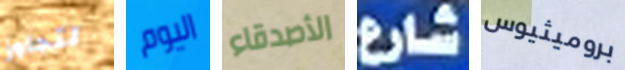
لتجاوز اليوم الأصدقاء شارع بروميثيوس